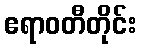
ဧရာဝတီတိုင်း